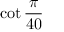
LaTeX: \cot { \frac { \pi } { 4 0 } }